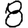
Digit: 8